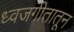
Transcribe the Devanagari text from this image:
ध्वजगीतातून